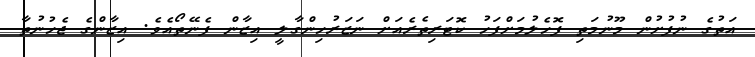
އަތުގެ ނުފުށުން މޫނުމަތި ފޮހެލުމަށްފަހު ކޮޓަރިތެރެއަށް ނަޒަރުހިންގާލީ އިޒާން ފެނޭތޯއެވެ. އިޒާންގެ ޖެހުނުތާ